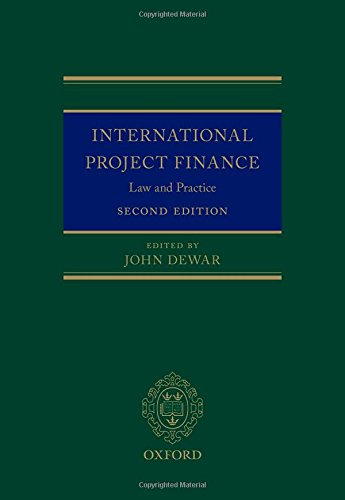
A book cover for International Project Finance: Law and Practice; Law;